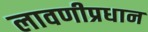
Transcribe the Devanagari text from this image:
लावणीप्रधान